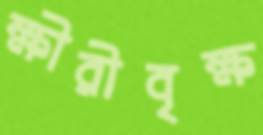
ক্ষীরীবৃক্ষ